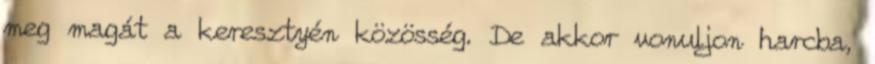
meg magát a keresztyén közösség. De akkor vonuljon harcba,